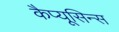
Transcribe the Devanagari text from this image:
कैप्यूसिन्स